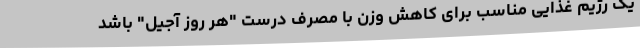
یک رژیم غذایی مناسب برای کاهش وزن با مصرف درستِ "هر روز آجیل" باشد